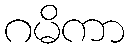
ဂမိကာ